Indian journal of veterinary science and animal husbandry - Volume 10,
Year: 1940
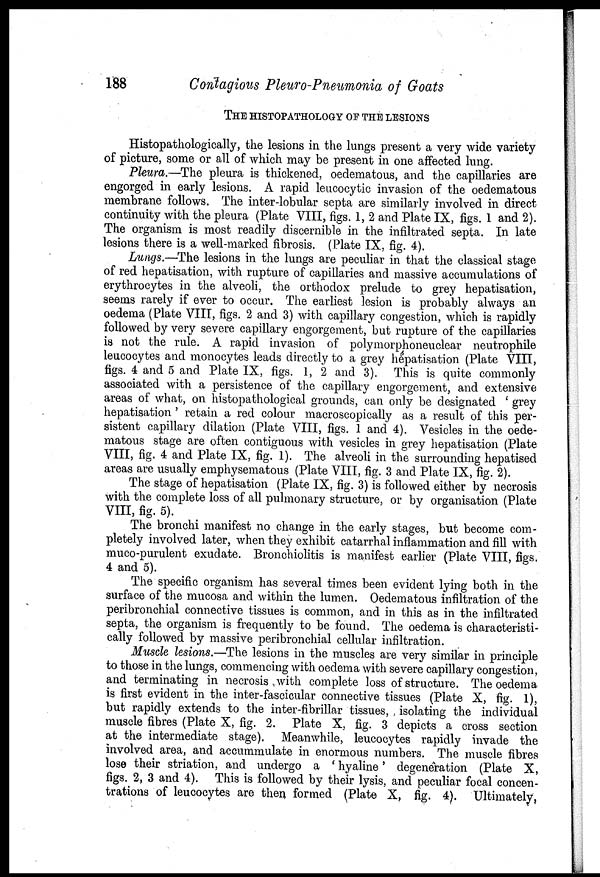
188 Contagious Pleuro-Pneumonia of Goats
THE HISTOPATHOLOGY OF THE LESIONS
Histopathologically, the lesions in the lungs present a very wide variety
of picture, some or all of which may be present in one affected lung.
Pleura.—The pleura is thickened, oedematous, and the capillaries are
engorged in early lesions. A rapid leucocytic invasion of the oedematous
membrane follows. The inter-lobular septa are similarly involved in direct
continuity with the pleura (Plate VIII, figs. 1, 2 and Plate IX, figs. 1 and 2).
The organism is most readily discernible in the infiltrated septa. In late
lesions there is a well-marked fibrosis. (Plate IX, fig. 4).
Lungs.—The lesions in the lungs are peculiar in that the classical stage
of red hepatisation, with rupture of capillaries and massive accumulations of
erythrocytes in the alveoli, the orthodox prelude to grey hepatisation,
seems rarely if ever to occur. The earliest lesion is probably always an
oedema (Plate VIII, figs. 2 and 3) with capillary congestion, which is rapidly
followed by very severe capillary engorgement, but rupture of the capillaries
is not the rule. A rapid invasion of polymorphoneuclear neutrophile
leucocytes and monocytes leads directly to a grey hepatisation (Plate VIII,
figs. 4 and 5 and Plate IX, figs. 1, 2 and 3). This is quite commonly
associated with a persistence of the capillary engorgement, and extensive
areas of what, on histopathological grounds, can only be designated ' grey
hepatisation ' retain a red colour macroscopically as a result of this per-
sistent capillary dilation (Plate VIII, figs. 1 and 4). Vesicles in the oede-
matous stage are often contiguous with vesicles in grey hepatisation (Plate
VIII, fig. 4 and Plate IX, fig. 1). The alveoli in the surrounding hepatised
areas are usually emphysematous (Plate VIII, fig. 3 and Plate IX, fig. 2).
The stage of hepatisation (Plate IX, fig. 3) is followed either by necrosis
with the complete loss of all pulmonary structure, or by organisation (Plate
VIII, fig. 5).
The bronchi manifest no change in the early stages, but become com-
pletely involved later, when they exhibit catarrhal inflammation and fill with
muco-purulent exudate. Bronchiolitis is manifest earlier (Plate VIII, figs.
4 and 5).
The specific organism has several times been evident lying both in the
surface of the mucosa and within the lumen. Oedematous infiltration of the
peribronchial connective tissues is common, and in this as in the infiltrated
septa, the organism is frequently to be found. The oedema is characteristi-
cally followed by massive peribronchial cellular infiltration.
Muscle lesions.—The lesions in the muscles are very similar in principle
to those in the lungs, commencing with oedema with severe capillary congestion,
and terminating in necrosis with complete loss of structure. The oedema
is first evident in the inter-fascicular connective tissues (Plate X, fig. 1),
but rapidly extends to the inter-fibrillar tissues, isolating the individual
muscle fibres (Plate X, fig. 2. Plate X, fig. 3 depicts a cross section
at the intermediate stage). Meanwhile, leucocytes rapidly invade the
involved area, and accummulate in enormous numbers. The muscle fibres
lose their striation, and undergo a ' hyaline' degeneration (Plate X,
figs. 2, 3 and 4). This is followed by their lysis, and peculiar focal concen-
trations of leucocytes are then formed (Plate X, fig. 4). Ultimately,